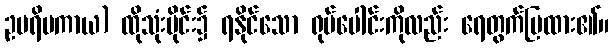
ဥပရိမကာယ) ထိုသုံးပိုင်း၌ ရနိုင်သော ရုပ်ပေါင်းကိုလည်း ရေတွက်ပြထား၏။